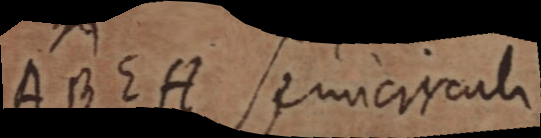
ABEH semicirculi